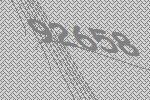
92658